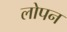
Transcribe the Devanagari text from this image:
लोपन